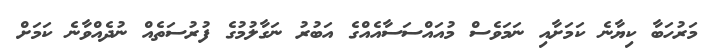
މަރުހަބާ ކިޔާނެ ކަމަށާއި ނަމަވެސް މުއައްސަސާއެއްގެ އަބުރު ނަގާލުމުގެ ފުރުސަތެއް ނުދެއްވާނެ ކަމަށް